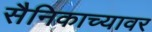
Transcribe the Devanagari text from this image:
सैनिकाच्यावर